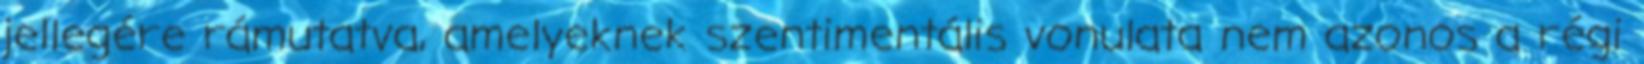
jellegére rámutatva, amelyeknek szentimentális vonulata nem azonos a régi